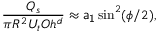
\frac { Q _ { s } } { \pi R ^ { 2 } U _ { t } O h ^ { d } } \approx \mathsf { a _ { 1 } } \sin ^ { 2 } ( \phi / 2 ) ,